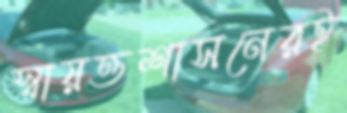
স্বায়ত্তশাসনেরই